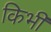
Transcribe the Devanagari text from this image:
किभी